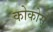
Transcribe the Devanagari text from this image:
कोकोस्